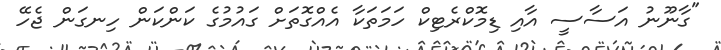
"ގާނޫނު އަސާސީ އާއި ޑިމޮކްރެޓިކް ހަމަތަކާ އެއްގޮތަށް ގައުމުގެ ކަންކަން ހިނގަން ޖެހޭ